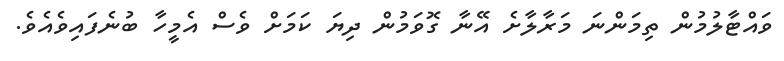
ވައްޓާލުމުން ތިމަންނަ މަރާލާށެ އޭނާ ގޮވަމުން ދިޔަ ކަމަށް ވެސް އެމީހާ ބުނެފައިވެއެވެ.